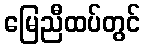
မြေညီထပ်တွင်